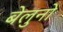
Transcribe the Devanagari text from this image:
बेलुनो